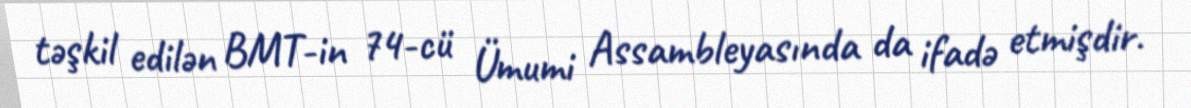
təşkil edilən BMT-in 74-cü Ümumi Assambleyasında da ifadə etmişdir.